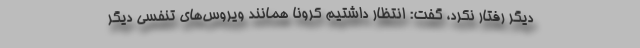
دیگر رفتار نکرد، گفت: انتظار داشتیم کرونا همانند ویروس‌های تنفسی دیگر